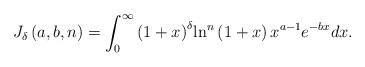
LaTeX: \begin{align*}{J_\delta }\left( {a,b,n} \right) = \int_0^\infty {{{\left( {1 + x} \right)}^\delta }{{\ln }^n}\left( {1 + x} \right){x^{a - 1}}{e^{ - bx}}dx}.\end{align*}